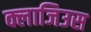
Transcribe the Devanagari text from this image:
क्लाजिउस